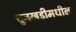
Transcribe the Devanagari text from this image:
चुनखडीमधील